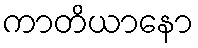
ကာတိယာနော